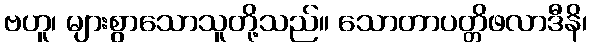
ဗဟူ၊ များစွာသောသူတို့သည်။ သောတာပတ္တိဖလာဒီနိ၊